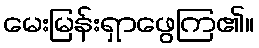
မေးမြန်းရှာဖွေကြ၏။